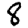
Digit: 8